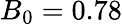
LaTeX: B_{0}=0.78